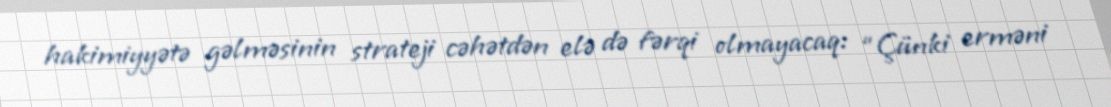
hakimiyyətə gəlməsinin strateji cəhətdən elə də fərqi olmayacaq: “Çünki erməni